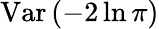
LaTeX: \mathrm{Var}\left(-2\ln\pi\right)